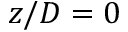
z / D = 0